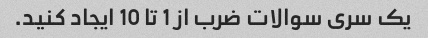
یک سری سوالات ضرب از 1 تا 10 ایجاد کنید.